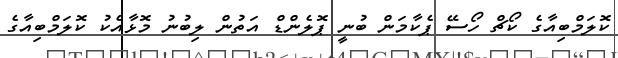
ކޮލަމްބިއާގެ ކޯޗް ހޯސޭ ޕެކާމަން ބުނީ ޕޮލެންޑް އަތުން ލިބުނު މޮޅާއެކު ކޮލަމްބިއާގެ